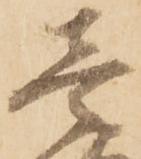
壱